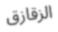
الزقازق